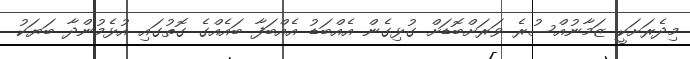
މިދެރަށަކީ ޒަމާނުއްސުރެ ވަރަށްބޮޑަށް ގުޅިގެން އެއްބަޑު އެއްބަފާ ބައެއްގެ ގޮތުގައި އުޅެމުންދާ ބަޔަކު